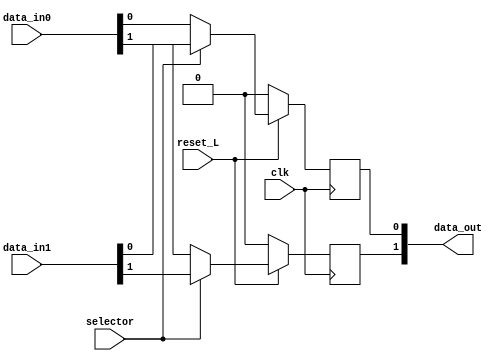
module mux_memoria_estructural(clk, reset_L, selector, data_in0, data_in1, data_out);
  (* src = "mux_memoria_estructural_conductual.v:25" *)
  wire [1:0] _0_;
  (* src = "mux_memoria_estructural_conductual.v:4" *)
  input clk;
  (* src = "mux_memoria_estructural_conductual.v:7" *)
  input [1:0] data_in0;
  (* src = "mux_memoria_estructural_conductual.v:8" *)
  input [1:0] data_in1;
  (* src = "mux_memoria_estructural_conductual.v:9" *)
  output [1:0] data_out;
  reg [1:0] data_out;
  (* src = "mux_memoria_estructural_conductual.v:5" *)
  input reset_L;
  (* src = "mux_memoria_estructural_conductual.v:6" *)
  input selector;
  (* src = "mux_memoria_estructural_conductual.v:12" *)
  wire [1:0] temporal_output;
  assign _0_[0] = reset_L ? (* src = "mux_memoria_estructural_conductual.v:26" *) temporal_output[0] : 1'h0;
  assign _0_[1] = reset_L ? (* src = "mux_memoria_estructural_conductual.v:26" *) temporal_output[1] : 1'h0;
  assign temporal_output[0] = selector ? (* src = "mux_memoria_estructural_conductual.v:16" *) data_in1[0] : data_in0[0];
  assign temporal_output[1] = selector ? (* src = "mux_memoria_estructural_conductual.v:16" *) data_in1[1] : data_in0[1];
  (* src = "mux_memoria_estructural_conductual.v:25" *)
  always @(posedge clk)
      data_out[0] <= _0_[0];
  (* src = "mux_memoria_estructural_conductual.v:25" *)
  always @(posedge clk)
      data_out[1] <= _0_[1];
endmodule